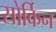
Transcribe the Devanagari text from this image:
सोर्किन